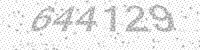
Solution: 644129